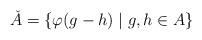
LaTeX: \begin{align*}\check{A} = \{\varphi(g -h) \mid g,h\in A\}\end{align*}